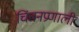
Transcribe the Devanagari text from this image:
चिंतनप्रणाली